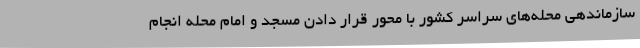
سازماندهی محله‌های سراسر کشور با محور قرار دادن مسجد و امام محله انجام